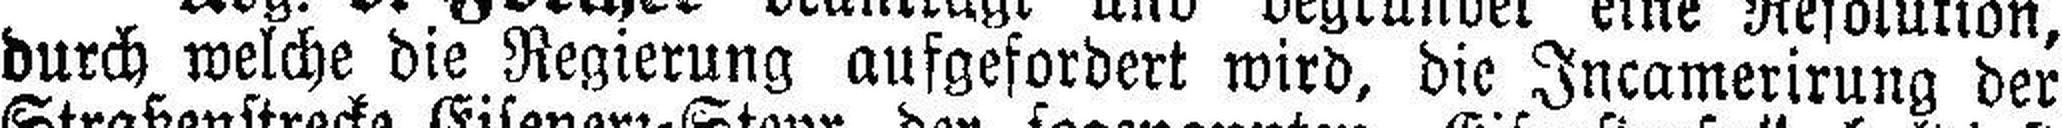
durch welche die Regierung aufgefordert wird, die Incamerirung der